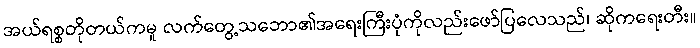
အယ်ရစ္စတိုတယ်ကမူ လက်တွေ့သဘော၏အရေးကြီးပုံကိုလည်းဖော်ပြလေသည်၊ ဆိုကရေးတီး။